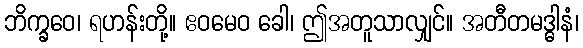
ဘိက္ခဝေ၊ ရဟန်းတို့။ ဧဝမေဝ ခေါ၊ ဤအတူသာလျှင်။ အတီတမဒ္ဓါနံ၊